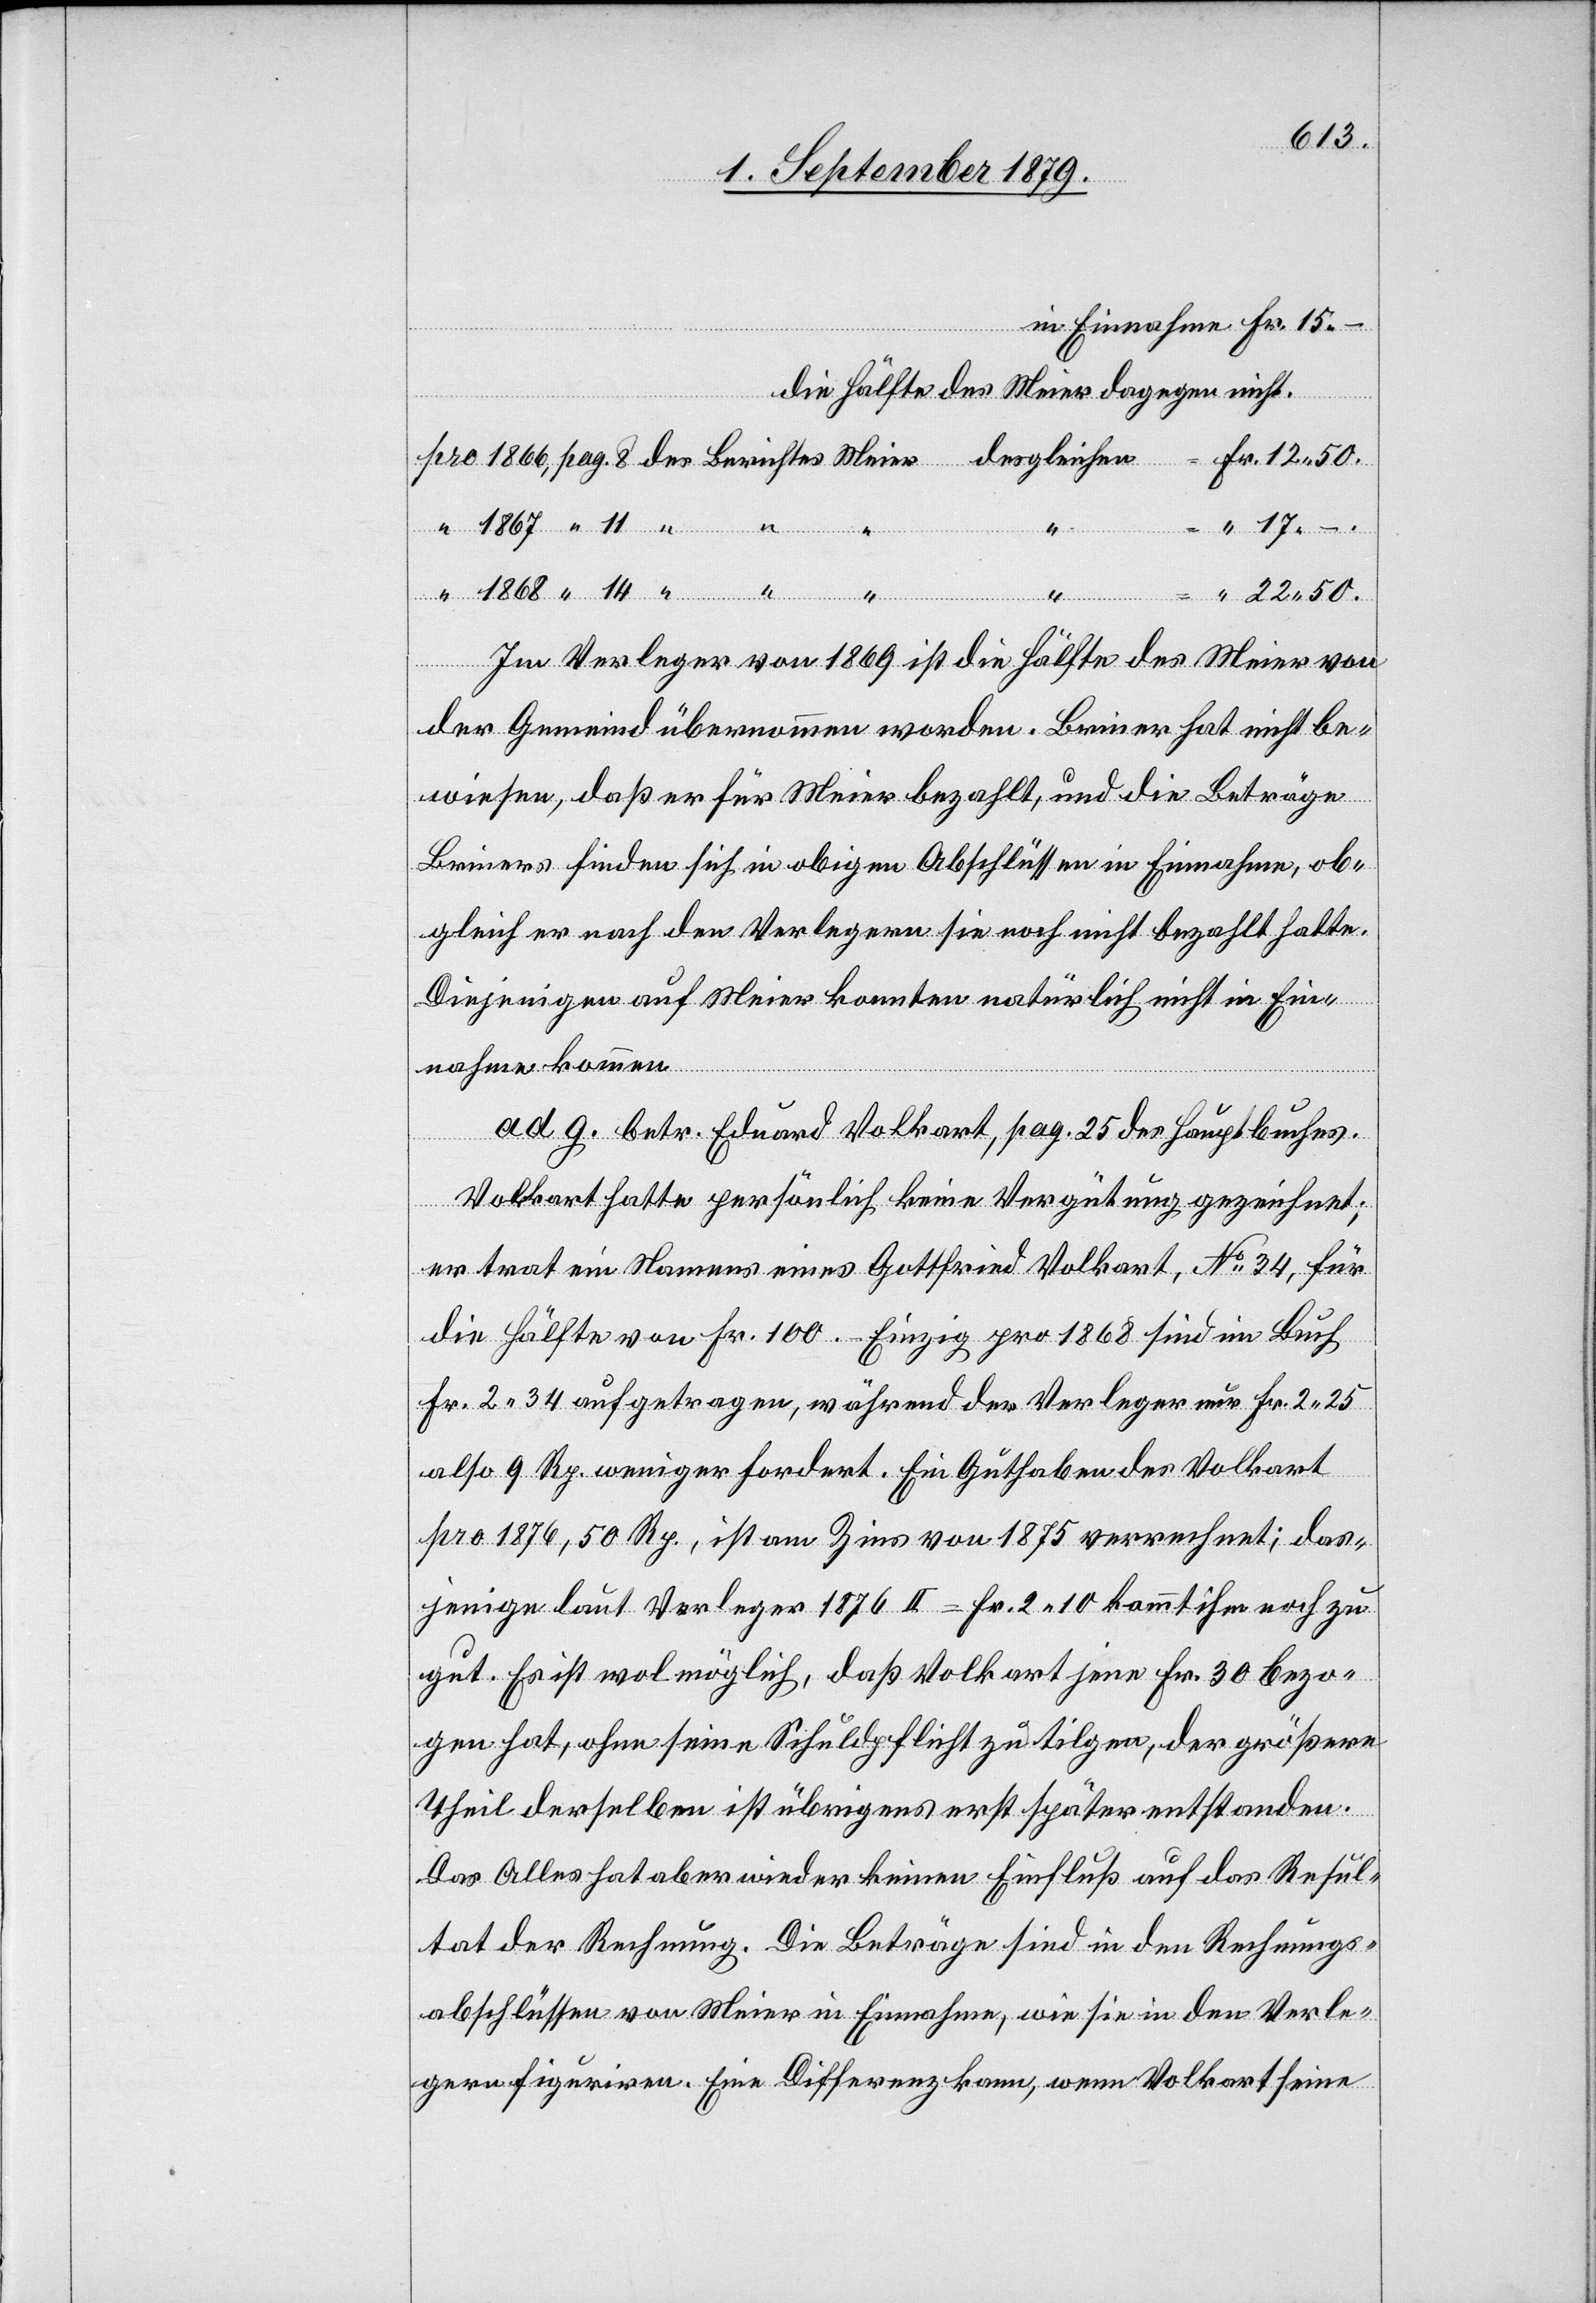
in Einnahme Fr. 15
–
die Hälfte des Meier dagegen nicht.
pro 1866, pag. 8 des Berichtes Meier desgleichen = Fr. 12 50
“ “
“ 17 –.
“ 1868 “ 14 “
“ 22 50.
Im Verleger von 1869 ist die Hälfte des Meier von
der Gemeind[e] übernommen worden. Briner hat nicht be¬
wiesen, daß er für Meier bezahlt, und die Beträge
Briners finden sich in obigen Abschlüssen in Einnahme, ob¬
gleich er nach den Verlegern sie noch nicht bezahlt hatte.
Diejenigen auf Meier konnten natürlich nicht in Ein¬
nahme kommen.
ad. 9 betr. Eduard Volkart, pag. 25 des Hauptbuches.
Volkart hatte persönlich keine Vergütung gezeichnet;
er trat ein Namens eines Gottfried Volkart, No 34, für
die Hälfte von Fr. 100. Einzig pro 1868 sind im Buch
Fr. 2 34 aufgetragen, während der Verleger nur Fr. 2 25
also 9 Rp. weniger fordert. Ein Guthaben des Volkart
pro 1876, 50 Rp., ist am Zins von 1875 verrechnet; das¬
jenige laut Vorleger 1876 II = Fr. 2 10 kommt ihm noch zu
gut. Es ist wol möglich, daß Volkart jene Fr. 30 bezo¬
gen hat, ohne seine Schuldplicht zu tilgen, der größere
Theil derselben ist übrigens erst später entstanden.
Das Alles hat aber wieder keinen Einfluß auf das Resul¬
tat der Rechnung. Die Beträge sind in den Rechnungss¬
abschlüssen von Meier in Einnahme, wie sie in den Verle¬
ger figuriren. Eine Differenz kann, wenn Volkart seine